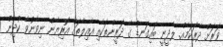
ޥަރަށް ދެރަކަމެއް. ލާދީނީ ބައިގަނޑު ގެ ދަރީންތަކާއި އާއިލާތައް އޮރިޔާން ނިވާނުވާ ކުދިން